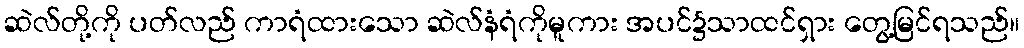
ဆဲလ်တို့ကို ပတ်လည် ကာရံထားသော ဆဲလ်နံရံကိုမူကား အပင်၌သာထင်ရှား တွေ့မြင်ရသည်။